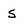
Character: S